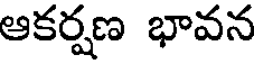
ఆకర్షణ భావన